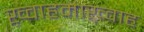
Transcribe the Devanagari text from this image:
ख़्वाहमाख़्वाह